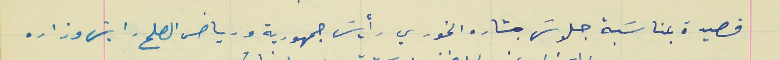
قصيدة بمناسَبة جلوسَ بشاره الخوري رأيسَ جمهورية ورياض الصلح رايسَ وزاره